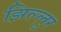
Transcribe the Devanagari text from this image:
झिल्लुर